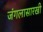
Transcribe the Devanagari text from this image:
जंगलासारखी